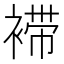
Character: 䙊